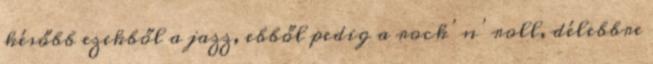
később ezekből a jazz, ebből pedig a rock’n’roll, délebbre